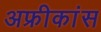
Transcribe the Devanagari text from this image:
अफ्रीकांस